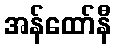
အန်ထော်နီ